Scottish Leaving Certificate Examination, 1961
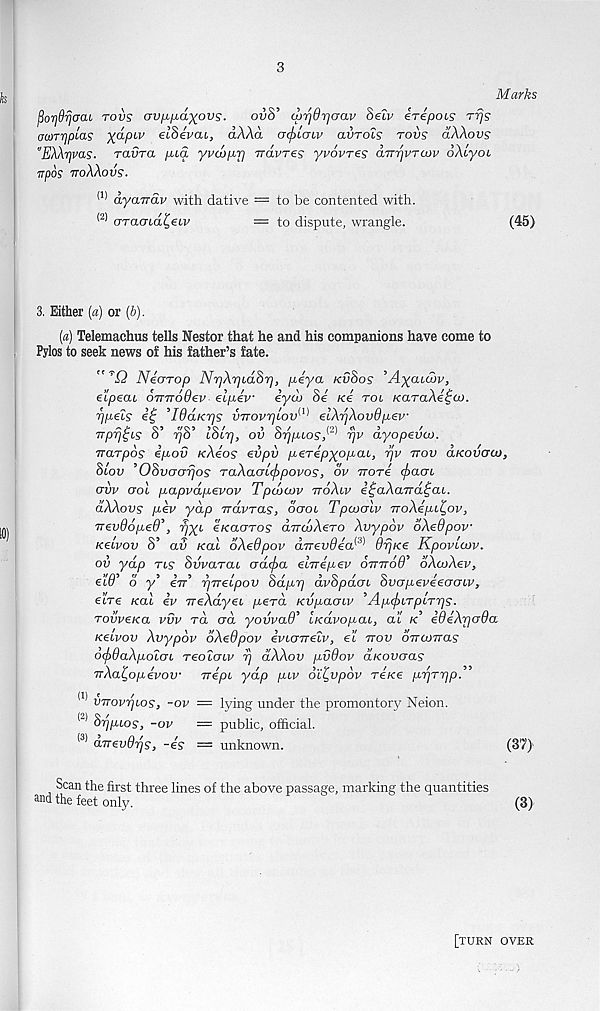
3
Marks
fiorjdrjaaL tovs av^^dxovs.
ov8’ djrjQrjaav Secv irepois rrjs
awTriplas X® / P LV etBeVat, dAAa acfjLGLv avrois tovs dXXovs
"EXXrjvas. ravra yua yvdoprj rravres yvovres aTTTjvTaiv oXiyoi
irpos ttoXXovs.
<I) dyaTrdv with dative = to be contented with.
(2) crraCTUx^eo'
— to dispute, wrangle.
(45)
3. Either (a) or (6).
(a) Telemachus tells Nestor that he and his companions have come to
Pylos to seek news of his father’s fate.
" ’Q Nearop NrjXrydSr], peya kvSos ’A)(cud>v,
eipecu oTrirodev elpew iycb Se Ke rot KaraXe^at.
r/pels it; ’IdaKrjs vTTovrjiov 1 ' 1 ' 1 elXrjXovOpev
03 f/03 30/
’ ^ /
(2)
5
/
Trprj^is o ijo LOir] y ov orjiuos 1 Tjv ayopevco.
rrarpos ipov rcXios eiipii perepyopcu, yjv ttov aKovaou,
8lov ’ 08vgot]os raXauccfipovos, ov irori cfxioi
ovv ool papvdpevov Tpcjaiv ttoXiv i£aXa,Trdt;(u.
dXXovs pev yap nravras, ocroo Tpcvalv TroXipi^ov,
TrevdopeO’, rjxb eKaaros dirdjXeTO Xvypdv oXedpov
Ketvov S’ av Kal dXedpov aTrevdea^ drjKe Kpovicov.
ov ydp tls Svvarai crdtfra ecTrepev OTmod’ SXcvXev,
eW’ o y’ ett’ rjTrebpov Sdprj dvSpdcu hvapevieaaiv,
etre /cat iv ireXdyeL perd Kvpaabv ^Apc^LTpbTrjs.
rovveKa vvv rd ad yovvad’ LKavopai, at k ideXrjada
kglvov Xvypdv dXedpov iviaTreiv, et ttov oTramas
o(f>QaXpolaL reotcrtv rj dXXov pvdov aKovoas
TrXa^opevov Tripe ydp pev oi^vpdv tckg pr|Tr|p. ,,
(1) VTrovrjios, -ov — lying under the promontory Neion.
(2) Srjpbos, -ov
= public, official.
(3) dTrevOrjs, -is — unknown.
(37)
Scan the first three lines of the above passage,
and the feet only.
[turn over